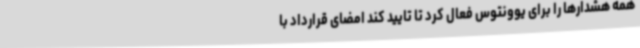
همه هشدارها را برای یوونتوس فعال کرد تا تایید کند امضای قرارداد با